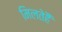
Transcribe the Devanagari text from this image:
मिलतेहैं